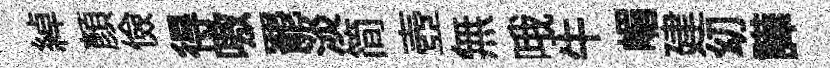
綽顏儉得嗷罷淡简壺無哦牛嵋建㓜譁